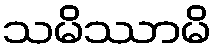
သမိဿာမိ